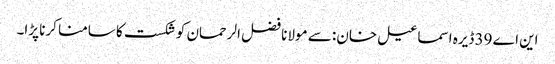
این اے 39 ڈیرہ اسماعیل خان: سے مولانا فضل الرحمان کو شکست کا سامنا کرنا پڑا۔